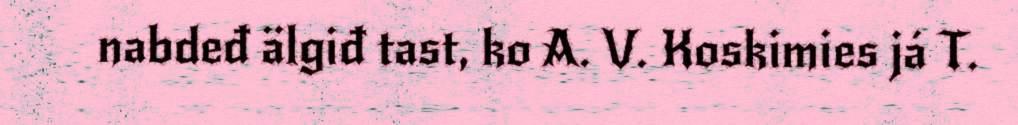
nabdeđ älgiđ tast, ko A. V. Koskimies já T.